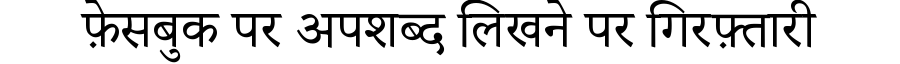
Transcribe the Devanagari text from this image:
फ़ेसबुक पर अपशब्द लिखने पर गिरफ़्तारी